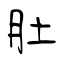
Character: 肚